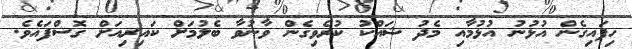
ހިފައިގެން އުޅުނު އުޅުމާއި މެދު ޝައްކު ކުރެވިގެން ވާނުވާ ބެލުމަށް ކައިރިއަށް ގޮސްފައެވެ.